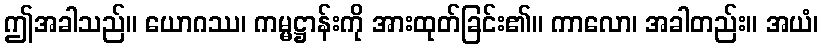
ဤအခါသည်။ ယောဂဿ၊ ကမ္မဋ္ဌာန်းကို အားထုတ်ခြင်း၏။ ကာလော၊ အခါတည်း။ အယံ၊